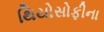
થિયોસોફીના